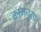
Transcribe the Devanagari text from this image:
क्रामनुसार